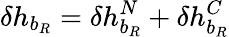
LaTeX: \delta h_{b_{R}}=\delta h_{b_{R}}^{N}+\delta h_{b_{R}}^{C}